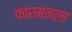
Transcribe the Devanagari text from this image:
फारमनला